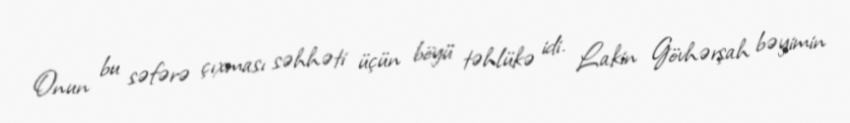
Onun bu səfərə çıxması səhhəti üçün böyü təhlükə idi. Lakin Gövhərşah bəyimin